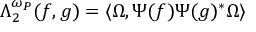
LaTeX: \Lambda _ { 2 } ^ { \omega _ { P } } ( f , g ) = \langle \Omega , \Psi ( f ) \Psi ( g ) ^ { \ast } \Omega \rangle